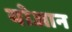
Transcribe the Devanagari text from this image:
योआन